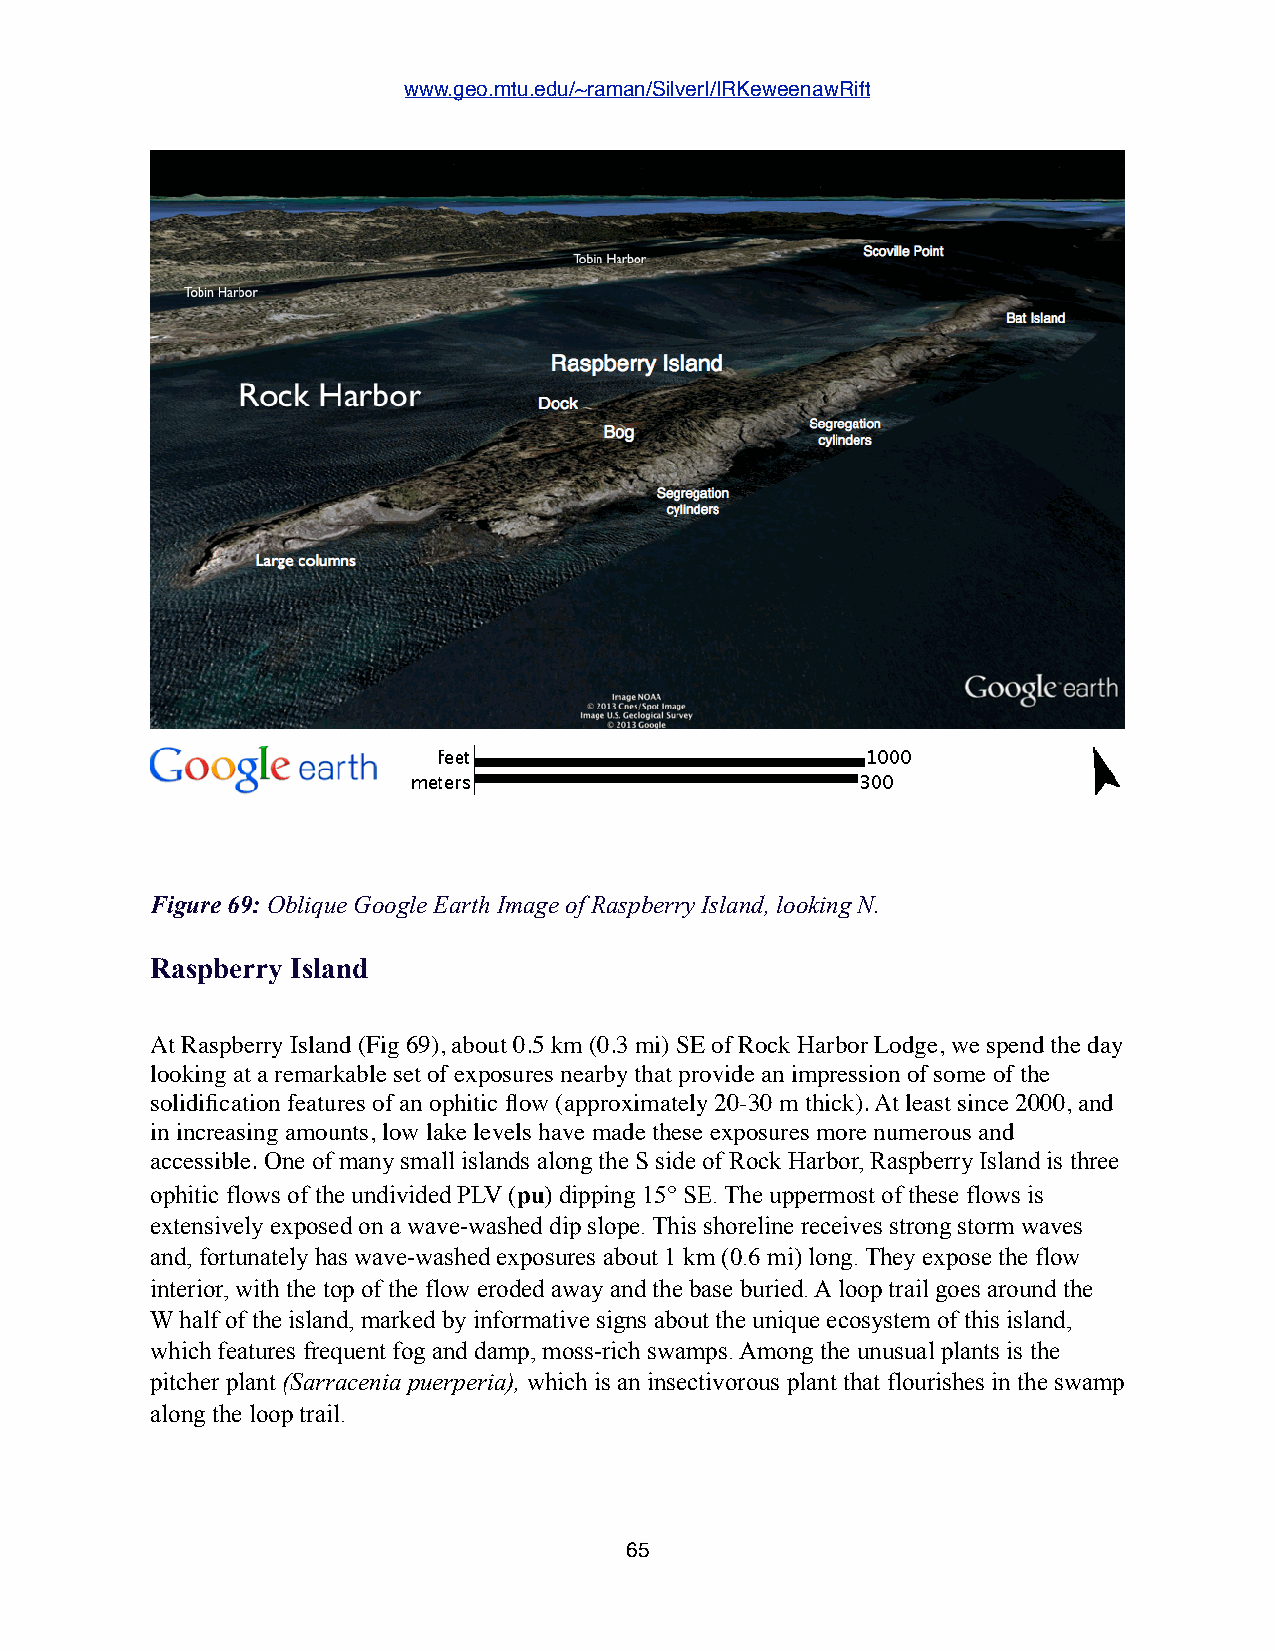
www.geo.mtu.edu/~raman/SilverI/IRKeweenawRift
 Figure 69: Oblique Google Earth Image of Raspberry Island, looking N.
 Raspberry Island
 At Raspberry Island (Fig 69), about 0.5 km (0.3 mi) SE of Rock Harbor Lodge, we spend the day
 looking at a remarkable set of exposures nearby that provide an impression of some of the
 solidification features of an ophitic flow (approximately 20-30 m thick). At least since 2000, and
 in increasing amounts, low lake levels have made these exposures more numerous and
 accessible. One of many small islands along the S side of Rock Harbor, Raspberry Island is three
 ophitic flows of the undivided PLV (pu) dipping 15° SE. The uppermost of these flows is
 extensively exposed on a wave-washed dip slope. This shoreline receives strong storm waves
 and, fortunately has wave-washed exposures about 1 km (0.6 mi) long. They expose the flow
 interior, with the top of the flow eroded away and the base buried. A loop trail goes around the
 W half of the island, marked by informative signs about the unique ecosystem of this island,
 which features frequent fog and damp, moss-rich swamps. Among the unusual plants is the
 pitcher plant (Sarracenia puerperia), which is an insectivorous plant that flourishes in the swamp
 along the loop trail.
 65